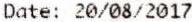
DATE: 20/08/2017